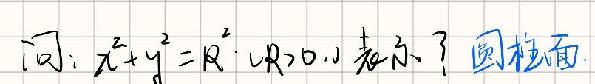
问：$x^{2}+y^{2}=R^{2}(R > 0)$表示了圆柱面。